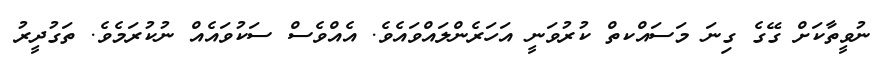
ނުވީތާކަށް ގޭގެ ގިނަ މަސައްކތް ކުރުވަނީ އަހަރެންލައްވައެވެ. އެއްވެސް ސަކުވައެއް ނުކުރަމެވެ. ތަގުދީރު